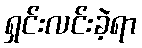
ရှင်းလင်းခဲ့ရာ